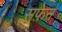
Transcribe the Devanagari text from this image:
सफ़ेन